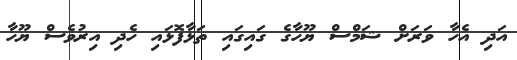
އަދި އެހާ ވަރަށް ޝަމްސް ޔޫހާގެ ގައިގައި ތަޅާފޮޅައި ހެދި އިރުވެސް ޔޫހާ